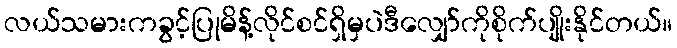
လယ်သမားကခွင့်ပြုမိန့်လိုင်စင်ရှိမှပဲဒီလျှော်ကိုစိုက်ပျိုးနိုင်တယ်။